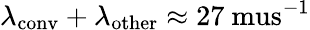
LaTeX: \lambda_{\mathrm{conv}}+\lambda_{\mathrm{other}}\approx 27\mathrm{\ mus}^{-1}